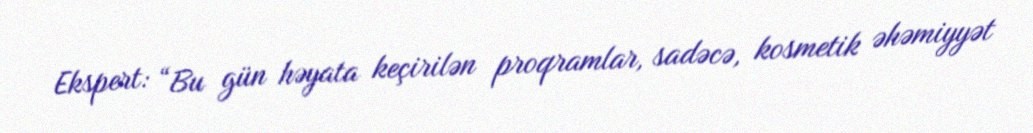
Ekspert: “Bu gün həyata keçirilən proqramlar, sadəcə, kosmetik əhəmiyyət